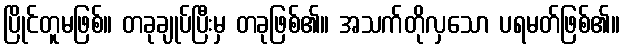
ပြိုင်တူမဖြစ်။ တခုချုပ်ပြီးမှ တခုဖြစ်၏။ အသက်တိုလှသော ပရမတ်ဖြစ်၏။